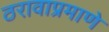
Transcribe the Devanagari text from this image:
ठरावाप्रमाणे